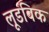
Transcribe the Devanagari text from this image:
लूडविक